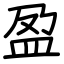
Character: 盈